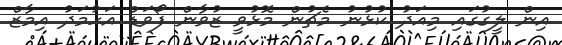
އިން ލީގުގައި މިއަދު ކުޅުނު މެޗުން މޮޅުވީ ޒުވާން ފޯވަޑް އަހުމަދު އިމާޒް